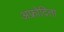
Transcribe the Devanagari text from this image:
अफ्रोदिता